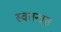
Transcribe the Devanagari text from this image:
स्वतन्त्रत